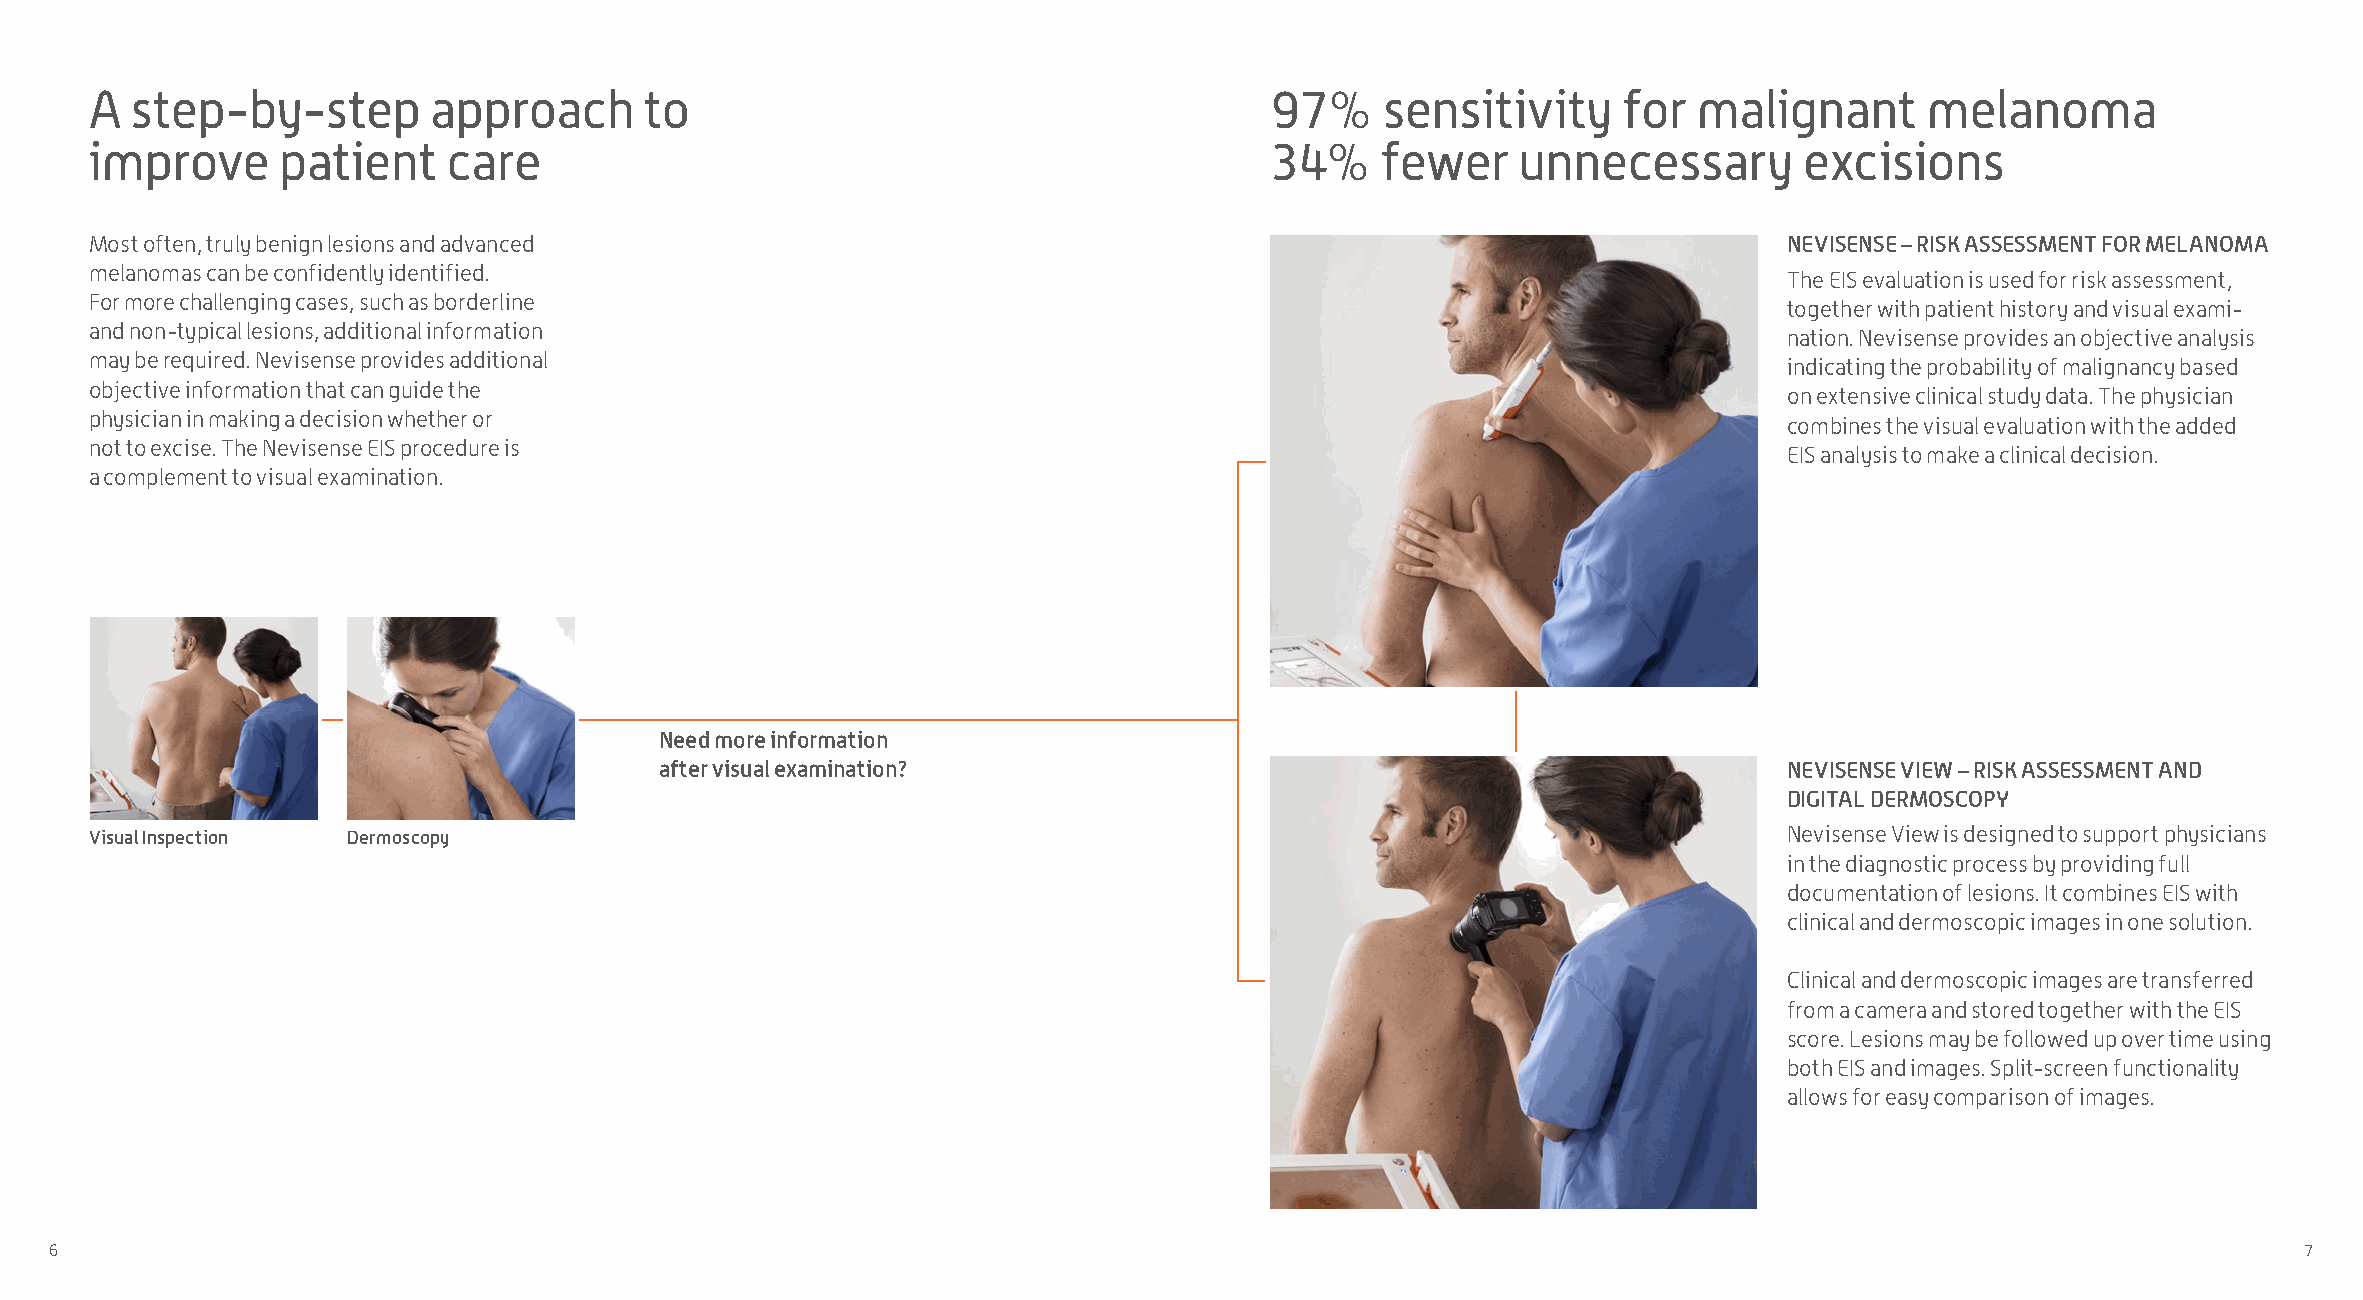
A  step-by-step       approach       to                                       97%     sensitivity    for  malignant      melanoma
 improve     patient     care                                                  34%    fewer    unnecessary        excisions
 Most often, truly benign lesions and advanced                                                                   NEVISENSE – RISK ASSESSMENT FOR MELANOMA
 melanomas can be confidently identified.
 The EIS evaluation is used for risk assessment,
 For more challenging cases, such as borderline
 together with patient history and visual exa mi -
 and non-typical lesions, additional information
 nation. Nevisense provides an objective analysis
 may be required. Nevisense provides additional
 indicating the probability of malignancy based
 objective information that can guide the
 on extensive clinical study data. The physician
 physician in making a decision whether or
 combines the visual evaluation with the added
 not to excise. The Nevisense EIS procedure is
 EIS analysis to make a clinical decision.
 a complement to visual examination.
 Need more information
 after visual examination?                                                 NEVISENSE VIEW – RISK ASSESSMENT AND
 DIGITAL DERMOSCOPY
 Visual Inspection Dermoscopy                                                                                    Nevisense View is designed to support physicians
 in the diagnostic process by providing full
 documentation of lesions. It combines EIS with
 clinical and dermoscopic images in one solution.
 Clinical and dermoscopic images are transferred
 from a camera and stored together with the EIS
 score. Lesions may be followed up over time using
 both EIS and images. Split-screen functionality
 allows for easy comparison of images.
 6                                                                                                                                                    7